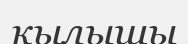
қылышы